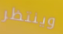
وينتظر